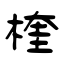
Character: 楏